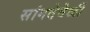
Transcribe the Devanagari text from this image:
सांगतेवेळीं